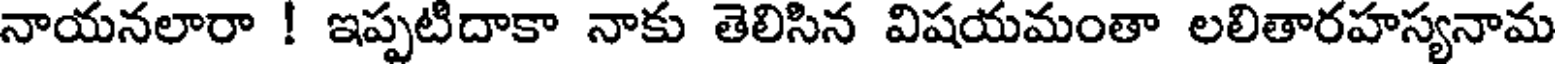
నాయనలారా ! ఇప్పటిదాకా నాకు తెలిసిన విషయమంతా లలితారహస్యనామ